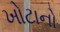
ખોટાનો